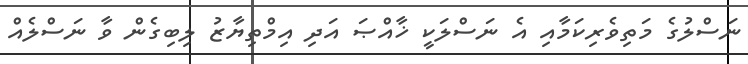
ނަސްލުގެ މަތިވެރިކަމާއި އެ ނަސްލަކީ ޚާއްޞަ އަދި އިމްތިޔާޒު ލިބިގެން ވާ ނަސްލެއް